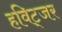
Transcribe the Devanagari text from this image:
हविट्जर